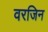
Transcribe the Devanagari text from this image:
वरजिन